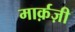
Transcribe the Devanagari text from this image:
मार्क़ज़ी